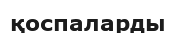
қоспаларды